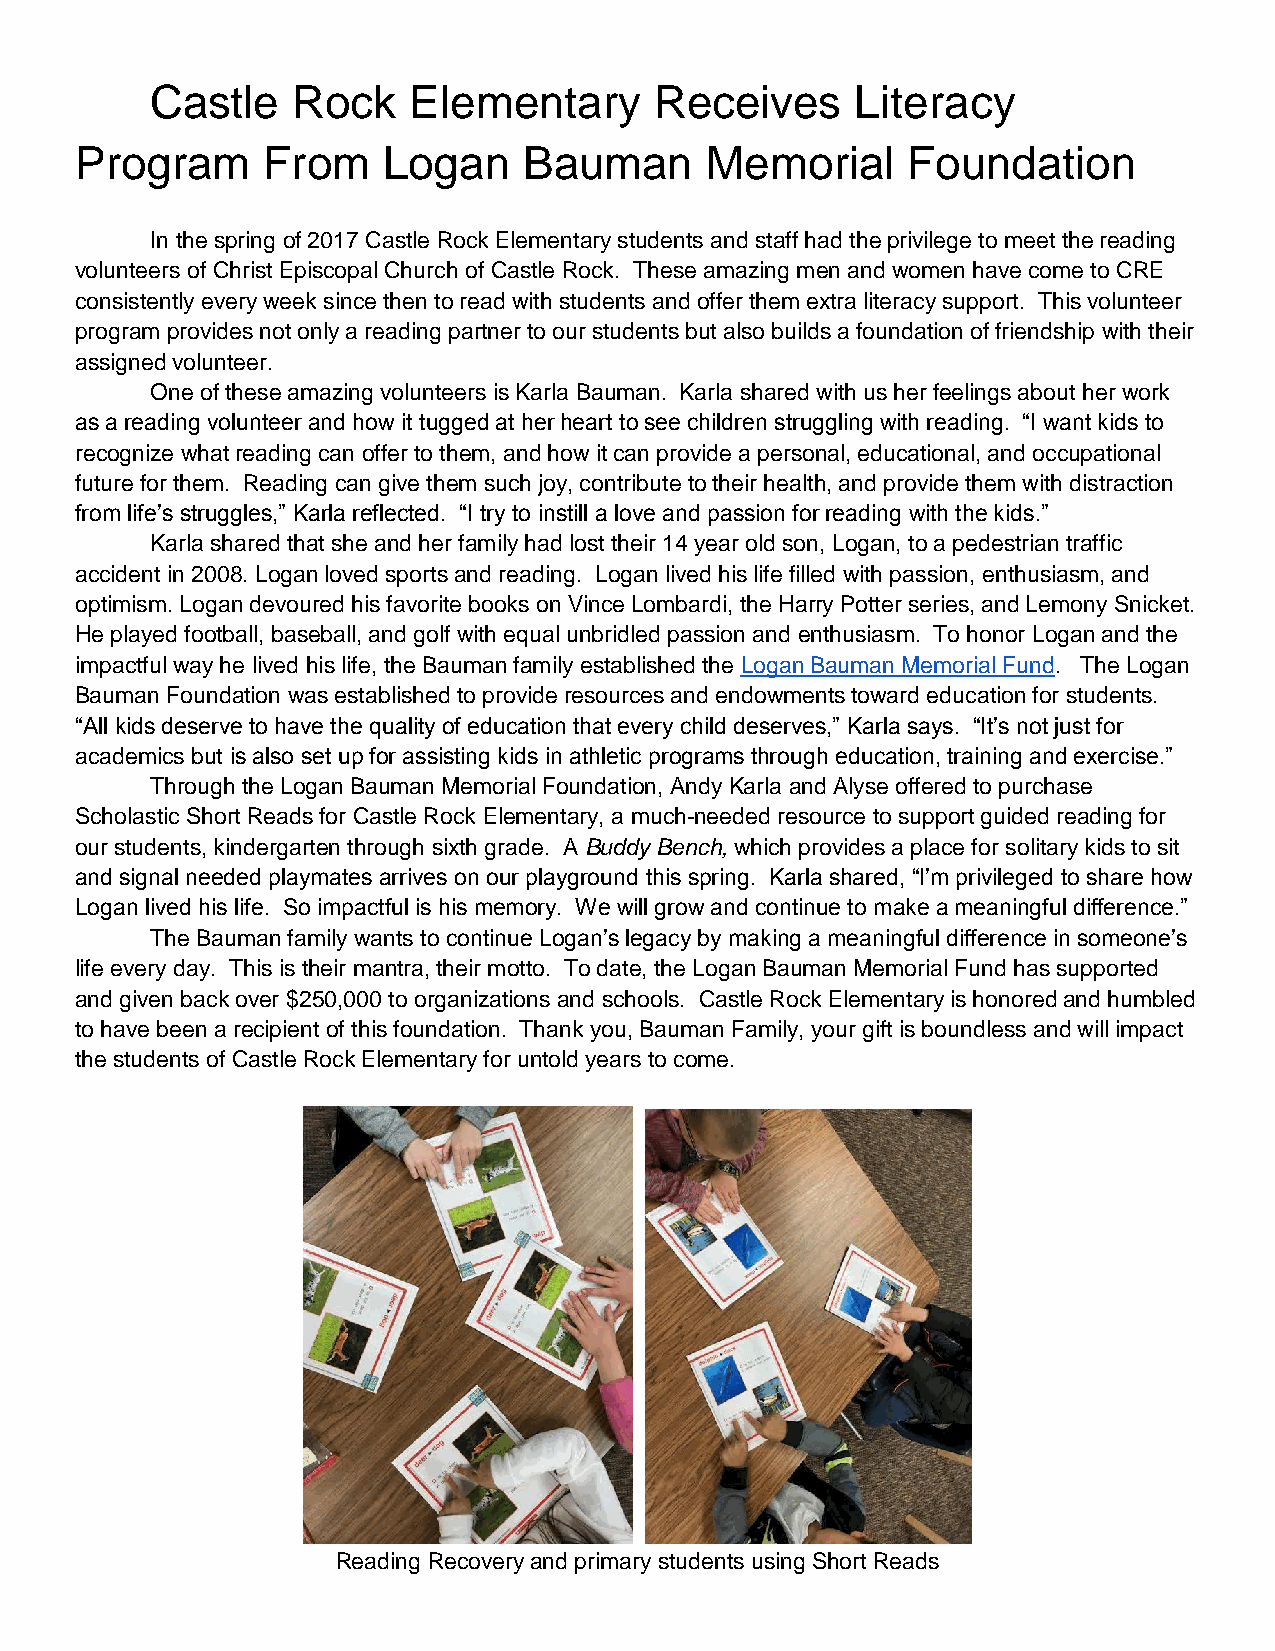
Castle   Rock    Elementary      Receives      Literacy
 Program     From    Logan     Bauman      Memorial     Foundation
 In the spring of 2017 Castle Rock Elementary students and staff had the privilege to meet the reading
 volunteers of Christ Episcopal Church of Castle Rock. These amazing men and women have come to CRE
 consistently every week since then to read with students and offer them extra literacy support. This volunteer
 program provides not only a reading partner to our students but also builds a foundation of friendship with their
 assigned volunteer.
 One of these amazing volunteers is Karla Bauman. Karla shared with us her feelings about her work
 as a reading volunteer and how it tugged at her heart to see children struggling with reading. “I want kids to
 recognize what reading can offer to them, and how it can provide a personal, educational, and occupational
 future for them. Reading can give them such joy, contribute to their health, and provide them with distraction
 from life’s struggles,” Karla reflected. “I try to instill a love and passion for reading with the kids.”
 Karla shared that she and her family had lost their 14 year old son, Logan, to a pedestrian traffic
 accident in 2008. Logan loved sports and reading. Logan lived his life filled with passion, enthusiasm, and
 optimism. Logan devoured his favorite books on Vince Lombardi, the Harry Potter series, and Lemony Snicket.
 He played football, baseball, and golf with equal unbridled passion and enthusiasm. To honor Logan and the
 impactful way he lived his life, the Bauman family established the Logan Bauman Memorial Fund. The Logan
 Bauman Foundation was established to provide resources and endowments toward education for students.
 “All kids deserve to have the quality of education that every child deserves,” Karla says. “It’s not just for
 academics but is also set up for assisting kids in athletic programs through education, training and exercise.”
 Through the Logan Bauman Memorial Foundation, Andy Karla and Alyse offered to purchase
 Scholastic Short Reads for Castle Rock Elementary, a much-needed resource to support guided reading for
 our students, kindergarten through sixth grade. A Buddy Bench, which provides a place for solitary kids to sit
 and signal needed playmates arrives on our playground this spring. Karla shared, “I’m privileged to share how
 Logan lived his life. So impactful is his memory. We will grow and continue to make a meaningful difference.”
 The Bauman family wants to continue Logan’s legacy by making a meaningful difference in someone’s
 life every day. This is their mantra, their motto. To date, the Logan Bauman Memorial Fund has supported
 and given back over $250,000 to organizations and schools. Castle Rock Elementary is honored and humbled
 to have been a recipient of this foundation. Thank you, Bauman Family, your gift is boundless and will impact
 the students of Castle Rock Elementary for untold years to come.
 Reading Recovery and primary students using Short Reads